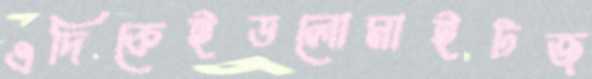
এদিকেইডলোমাইটজ